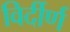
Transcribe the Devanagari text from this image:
विर्दीर्ण